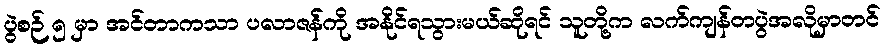
ပွဲစဉ် ၅ မှာ အင်တာကသာ ပလာဇန်ကို အနိုင်ရသွားမယ်ဆိုရင် သူတို့က လက်ကျန်တပွဲအလိုမှာတင်